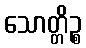
သောတ္တိဉ္စ